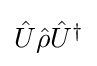
{\textstyle {\hat {U}}{\hat {\rho }}{\hat {U}}^{\dagger }}